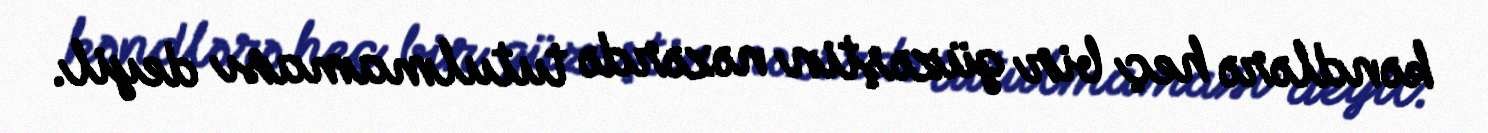
kəndlərə heç bir güzəştin nəzərdə tutulmaması deyil.